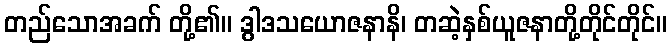
တည်သောအခက် တို့၏။ ဒွါဒသယောဇနာနိ၊ တဆဲ့နှစ်ယူဇနာတို့တိုင်တိုင်။